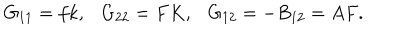
G _ { 1 1 } = f k , \ \ \ G _ { 2 2 } = F K , \ \ \ G _ { 1 2 } = - B _ { 1 2 } = A F .